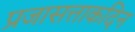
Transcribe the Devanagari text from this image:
प्रजासत्ताकदिन